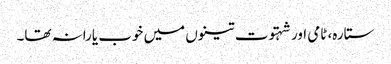
ستارہ، ٹامی اور شہتوت تینوں میں خوب یارانہ تھا۔